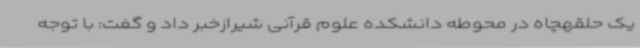
یک حلقهچاه در محوطه دانشکده علوم قرآنی شیرازخبر داد و گفت: با توجه